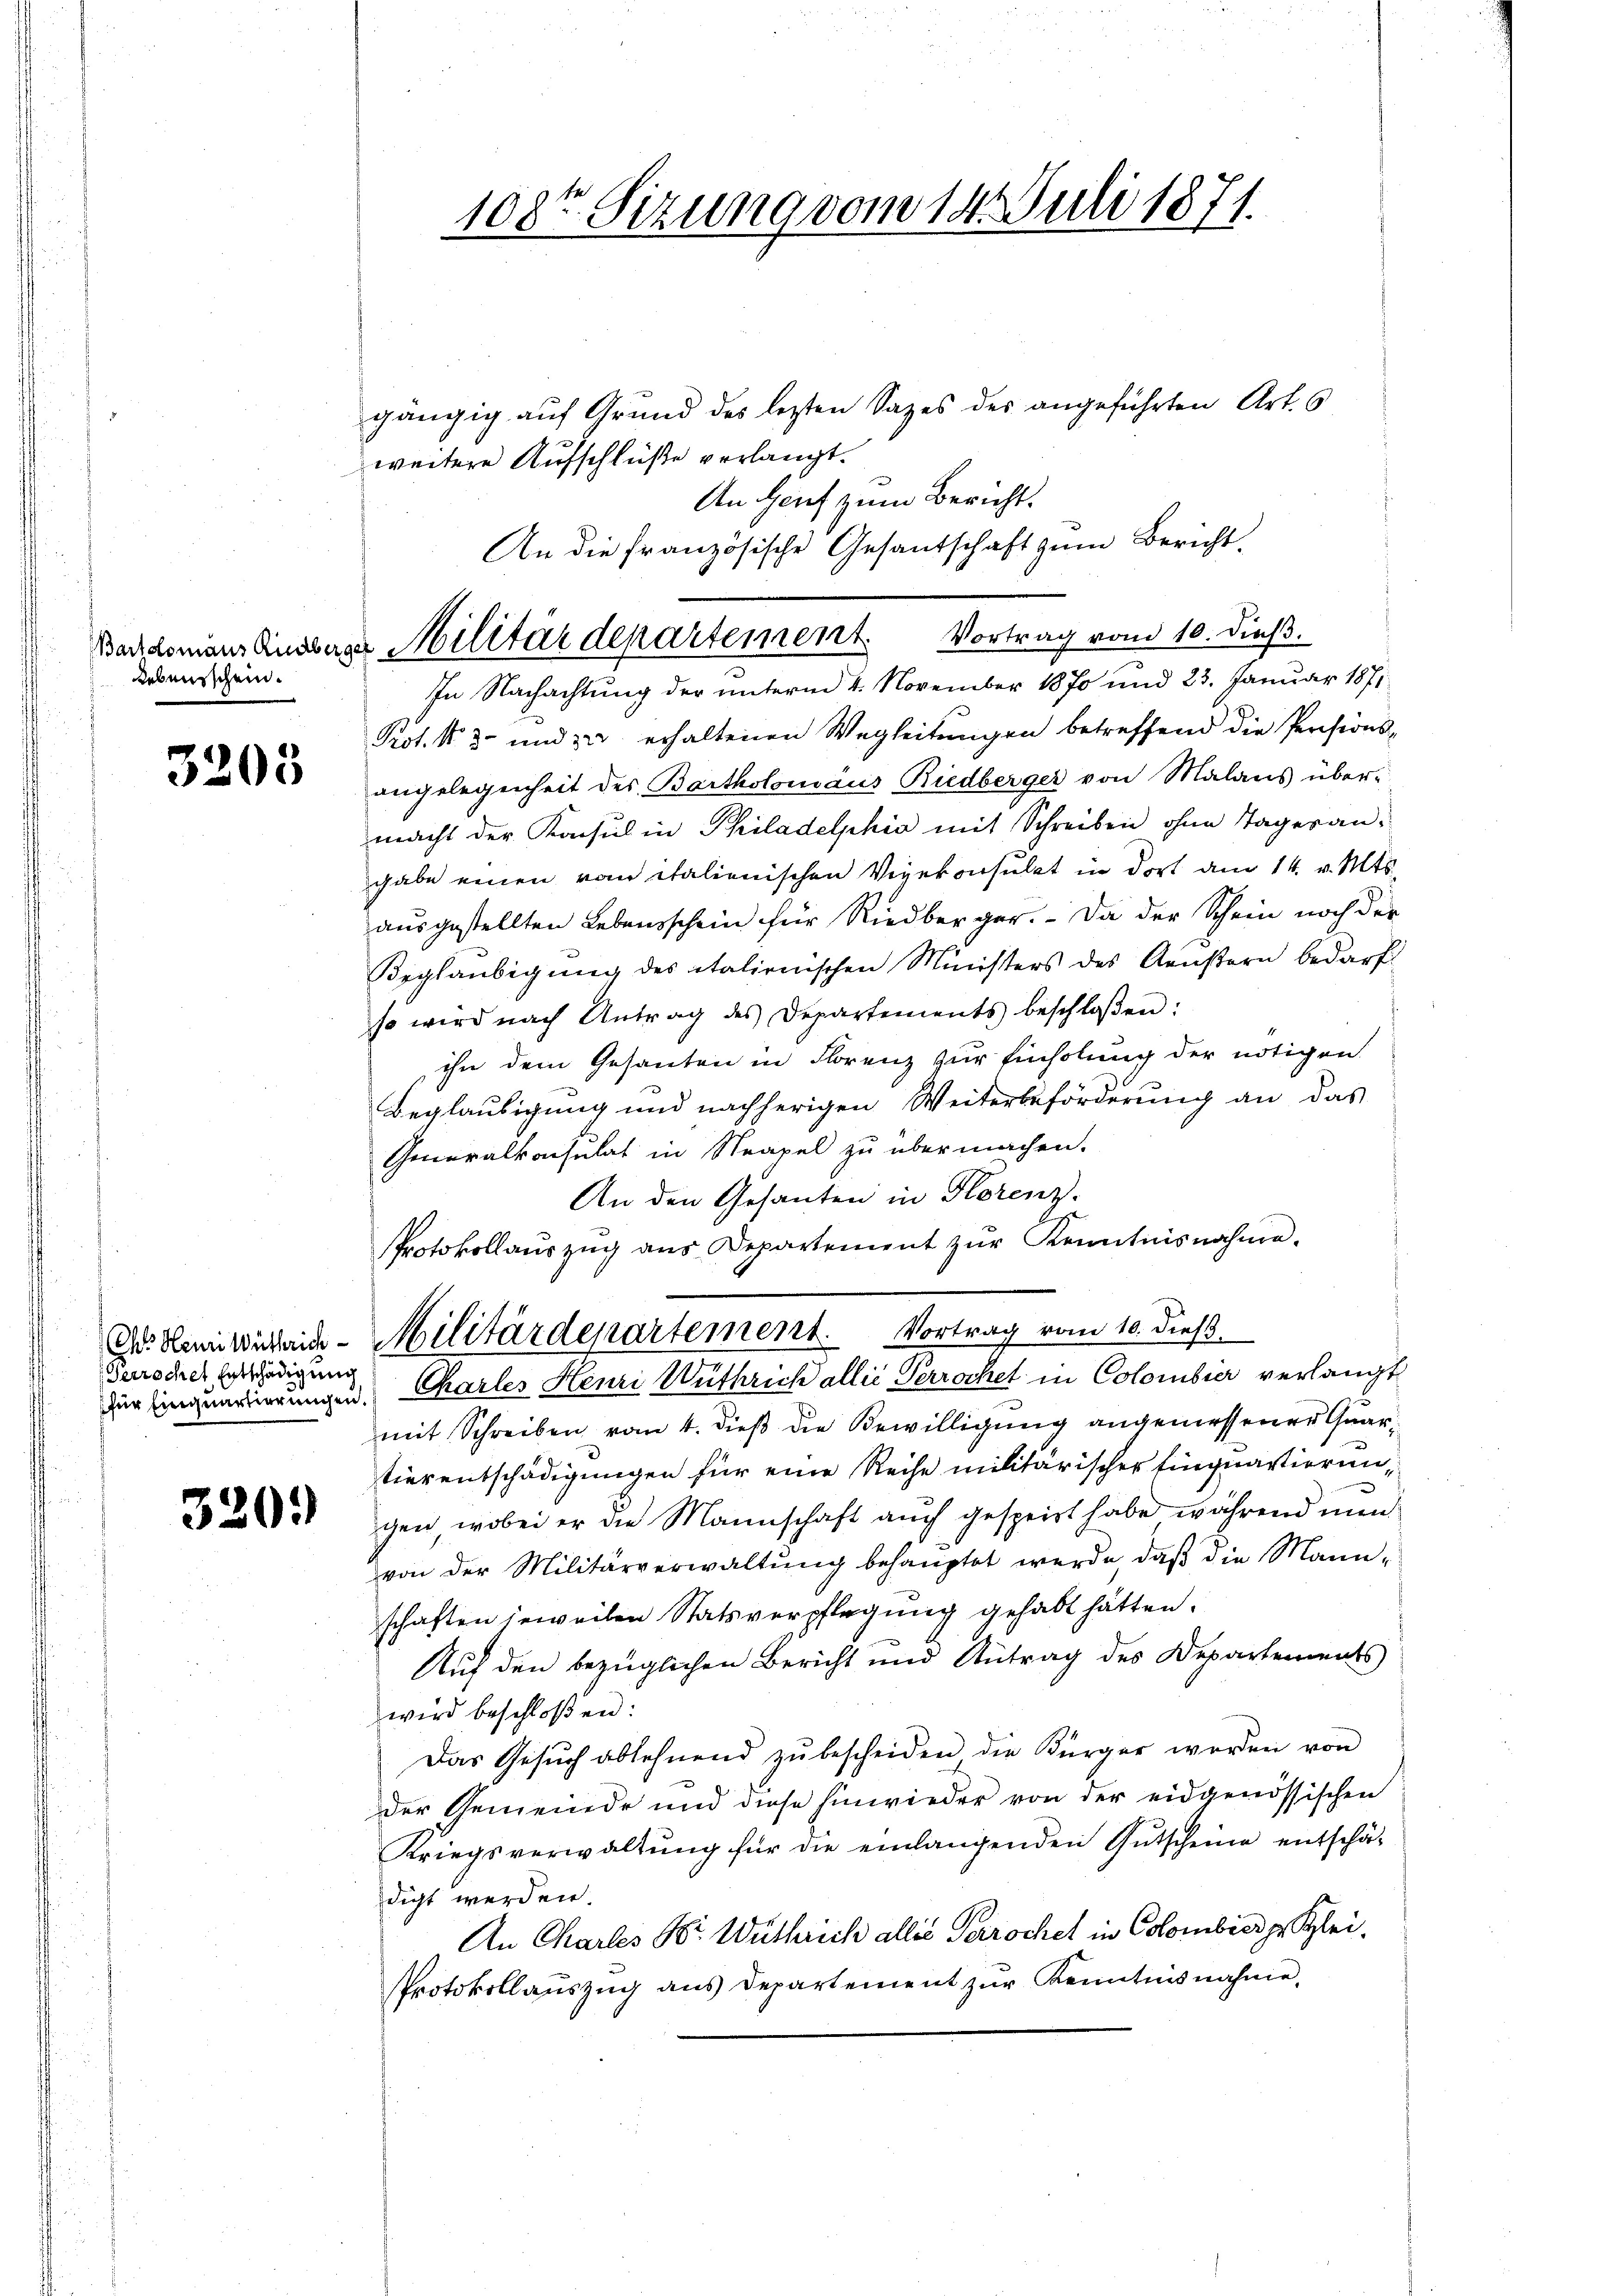
Lebensschein.

3203

Chr. Henri Wüthrich
Perrochen Entschädigung

320.

108ten Sizung vom 14. Juli 1871.

gängig auf Grund des letzten Sages der angeführten Art. 6
weitere Aufschlüße verlangt.
An Genf zum Bericht.
An die französische Gesandschaft zum Bericht.
In Nachachtung der unterm 4. November 1870 und 23. Januar 1871
Prot. N. 3 und zu erhaltenen Wegleitungen betreffend die Persionsangelegenheit des Bartholomäus Riedberger von Malans über-
macht der Konsul in Philadelphia mit Schreiben ohne Tager angabe einen von italienischen Vizekonsulat in dort am 14. v. Mts.
ausgestellten Lebensschein für Riedberger.  Da der Schein noch der
Beglaubigung des italienischen Ministers des Aeußern bedarf
so wird nach Antrag des Departements beschlossen:
ihn dem Gesanten in Florenz zur Einholung der nötigen
Beglaubigung und nachherigen Weiterbeförderung an das
Generalkonsulat in Strapel zu übermachen.
An den Gesanten in Florenz.
Protokollaŭszŭg ans Departement zŭr Kenntnisnahme.
Militärdepartement. Vortrag vom 10. dieß
der Einquariierungen. Charles Henri Wuthrich allié Perrochet in Colombier verlangt
mit Schreiben vom 4. dieß die Bewilligung angemessener Quartierentschädigungen für eine Reihe militärischer Einquartierungen, wobei er die Mannschaft auch gespeirt habe, während nun
von der Militärverwaltŭng behaŭptet werde, daβ die Mann-
schaften jeweilen Statsverpflegung gehabt hätten.
Auf den bezüglichen Bericht und Antrag des Departements
wird beschloßen:
Das Gesŭch ablehnend zŭ bescheiden die Bürger werden von
der Gemeinde und diese Einwieder von der eidgenössischen
Kriegsverwaltŭng für die einlangenden Gutscheine entschädigt werden.
An Charles Dr Wüthrich alles Perrochet in Colombier gelei¬
Protokollauszug aus Departement zur Kenntnisnahme,

Baddomansensberger Militärdepartement. Vortrag vom 10. dieβ.